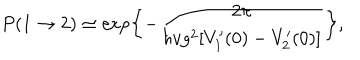
LaTeX: P ( 1 \rightarrow 2 ) \simeq \exp \left\{ - { \frac { 2 \pi } { \hbar v g ^ { 2 } [ V _ { 1 } ^ { \prime } ( 0 ) - V _ { 2 } ^ { \prime } ( 0 ) ] } } \right\} ,